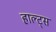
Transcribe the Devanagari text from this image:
हाल्ट्स